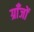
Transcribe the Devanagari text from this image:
ग्राँजों